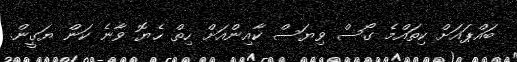
ބައްޕައަށް ކިތައްމެ ގޯސް ވިޔަސް ކާއިންއަށް ހިތް ހެޔޮ ވާނެ ކަން ޔަގީން.